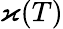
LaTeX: \varkappa(T)